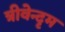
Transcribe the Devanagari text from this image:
त्रीवेन्दृम